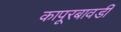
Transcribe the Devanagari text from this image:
कापूरबावडी